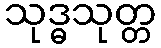
သုဒ္ဓသုတ္တ